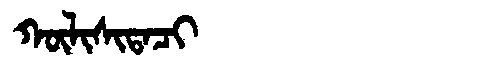
Manchu: ᡴᡡᠯᡳᠰᡳᡨᠠᠴᡳ
Romanization: KŪLISITACI